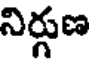
నిర్జణ